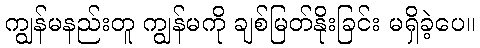
ကျွန်မနည်းတူ ကျွန်မကို ချစ်မြတ်နိုးခြင်း မရှိခဲ့ပေ။